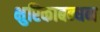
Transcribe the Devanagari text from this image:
क्षुरिकाबन्धन